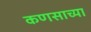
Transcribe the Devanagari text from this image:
कणसाच्या